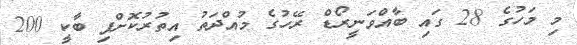
މި މަހުގެ 28 ގައި ބާއްވަނީރޯޑް ރޭހުގެ މުއްދަތު އިތުރުކޮށްފި ބާކީ 200